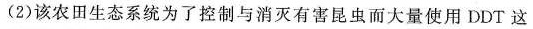
(2)该农田生态系统为了控制与消灭有害昆虫而大量使用DDT这